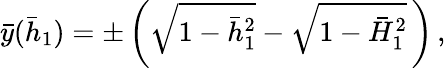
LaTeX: \bar{y}(\bar{h}_{1})=\pm\left(\sqrt{1-\bar{h}_{1}^{2}}-\sqrt{1-\bar{H}_{1}^{2}}\, \right)\, ,